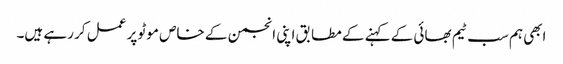
ابھی ہم سب ٹیم بھائی کے کہنے کے مطابق اپنی انجمن کے خاص موٹو پر عمل کر رہے ہیں۔